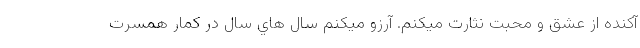
آکنده از عشق و محبت نثارت میکنم. آرزو میکنم سال هاي‌ سال در کمار همسرت